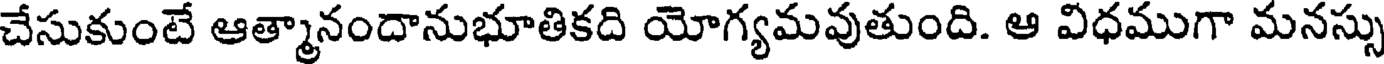
చేసుకుంటే ఆత్మానందానుభూతికది యోగ్యమవుతుంది. ఆ విధముగా మనస్సు